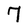
Character: 7